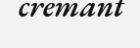
cremant